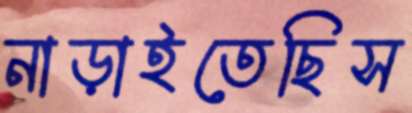
নাড়াইতেছিস